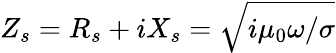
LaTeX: Z_{s}=R_{s}+iX_{s}=\sqrt{i\mu_{0}\omega/\sigma}